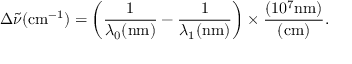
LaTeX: \Delta { \tilde { \nu } } ( { \mathrm { c m } } ^ { - 1 } ) = \left( { \frac { 1 } { \lambda _ { 0 } ( { \mathrm { n m } } ) } } - { \frac { 1 } { \lambda _ { 1 } ( { \mathrm { n m } } ) } } \right) \times { \frac { ( 1 0 ^ { 7 } { \mathrm { n m } } ) } { ( { \mathrm { c m } } ) } } .